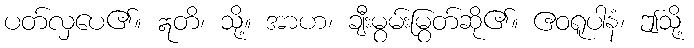
ပတ်လှပေ၏။ ဣတိ၊ သို့။ အာဟ၊ ချီးမွမ်းမြွတ်ဆို၏။ ဧဝရူပါနံ၊ ဤသို့